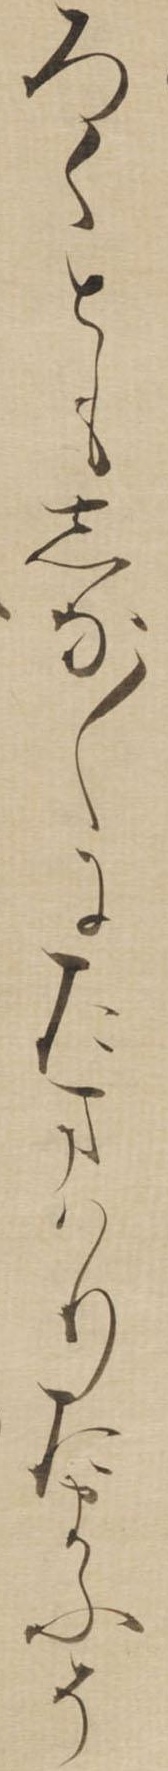
ろくともしな〱にたまはりたまふそ